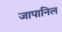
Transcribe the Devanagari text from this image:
जापानिल